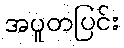
အပူတပြင်း